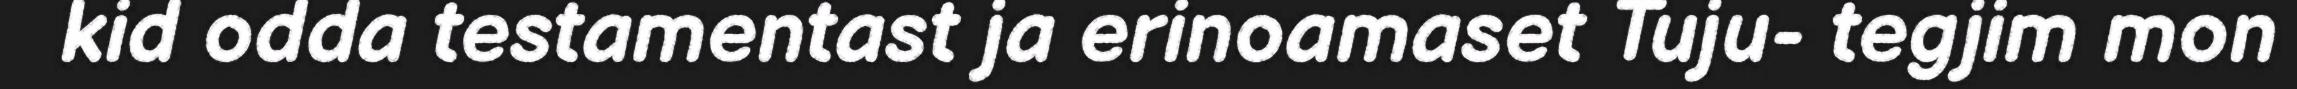
kid odda testamentast ja erinoamaset Tuju- tegjim mon